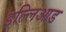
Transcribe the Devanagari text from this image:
इल्लिआड